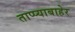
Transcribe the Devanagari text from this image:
ताप्प्याबाहेर